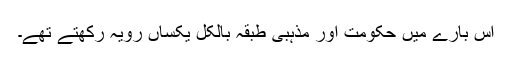
اس بارے میں حکومت اور مذہبی طبقہ بالکل یکساں رویہ رکھتے تھے۔